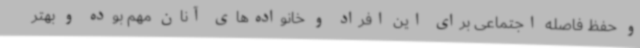
و حفظ فاصله اجتماعی برای این افراد و خانواده‌های آنان مهم بوده و بهتر